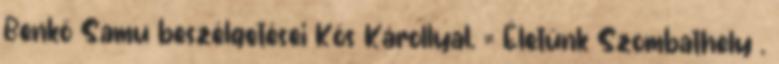
Benkő Samu beszélgetései Kós Károllyal. = Életünk Szombathely .